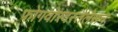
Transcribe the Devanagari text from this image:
फोंगवोरदस्तेलेसन